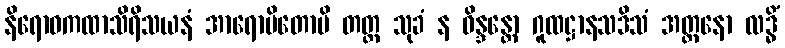
နိရောဓကထာသိရိသယနံ အာရောပိတောပိ တတ္ထ သုခံ န ဝိန္ဒန္တော ဂူထဋ္ဌာနသဒိသံ အတ္တနော လဒ္ဓိံ